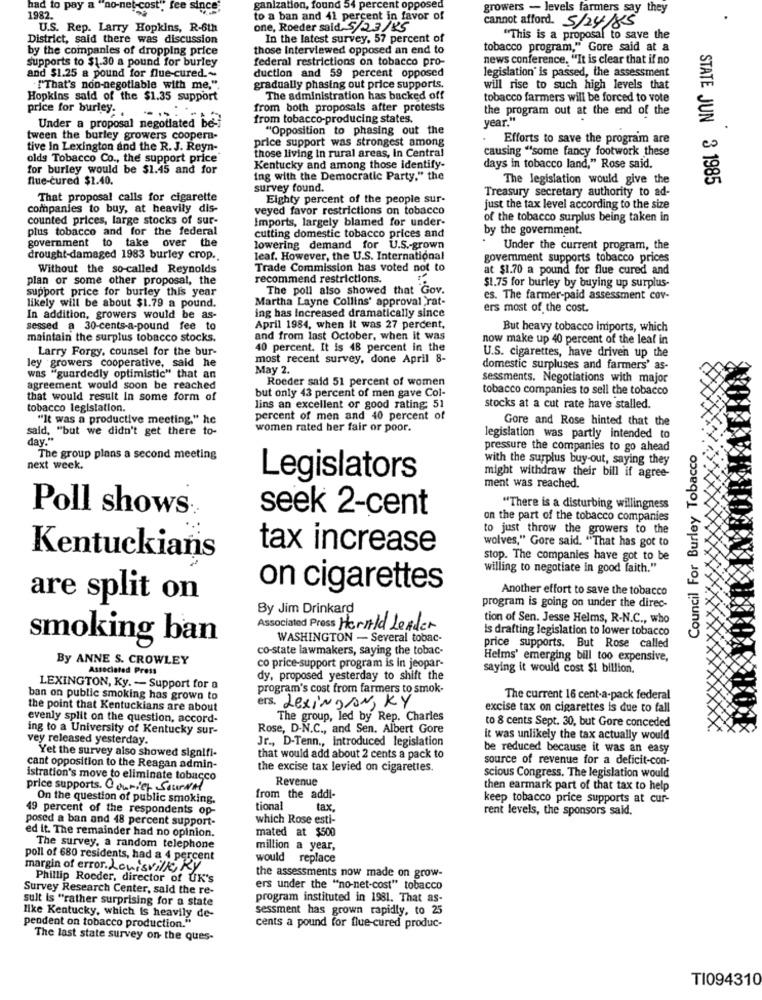
had to pay a "no-net- cos
ganization, found 54 percent opposed
growers - levels farmers say they
1982.
to a ban and 41 percent in favor of
U.S. Rep. Larry Hopkins, R-6th
one, Roeder said 5/23/25
cannot afford. 5/24/85
District, said there was discussion
In the latest survey, 57 percent of
"This is a proposal to save the
by the companies of dropping price
those Interviewed opposed an end to
tobacco program," Gore said at a
Supports to $1.30 a pound for burley
federal restrictions on tobacco pro-
news conference. "It is clear that if no
legislation" is passed, the assessment
and $1.25 a pound for flue-cured .~
duction and 59 percent opposed
. ""That's non-negotiable with me,".
gradually phasing out price supports.
will rise to such high levels that
Hopkins said of the $1.35 support
The administration has backed off
tobacco farmers will be forced to vote
price for burley ..
from both proposals after protests
the program out at the end of the
from tobacco-producing states.
year."
Under a proposal negotiated be-
"Opposition to phasing out the
tween the burley growers coopera-
price support was strongest among
. Efforts to save the program are
tive In Lexington and the R. J. Reyn-
those living in rural areas, In Central
causing "some fancy footwork these
olds Tobacco Co ., the support price
for burley would be $1.45 and for
Kentucky and among those identify-
days in tobacco land," Rose said.
flue-cured $1.40.
ing with the Democratic Party." the
The legislation would give the
STATE JUN 3 1985
survey found.
Treasury secretary authority to ad-
That proposal calls for cigarette
Eighty percent of the people sur-
companies to buy, at heavily dis-
veyed favor restrictions on tobacco
just the tax level according to the size
counted prices, large stocks of sur-
Imports, largely blamed for under-
of the tobacco surplus being taken in
plus tobacco and for the federal
by the government.
government to take over the
cutting domestic tobacco prices and
lowering demand for U.S .- grown
Under the current program, the
drought-damaged 1983 burley crop.
leaf. However, the U.S. International
goverment supports tobacco prices
Without the so-called Reynolds
Trade Commission has voted not to
at $1.70 a pound for flue cured and
plan or some other proposal, the
recommend restrictions.
support price for burley this year
The poll also showed that Gov.
$1.75 for burley by buying up surplus-
likely will be about $1.79 a pound.
Martha Layne Collins' approval Yat-
es. The farmer-paid assessment cov-
ers most of the cost.
In addition, growers would be as-
ing has increased dramatically since
sessed a 30-cents-a-pound fee to
April 1984, when it was 27 percent,
But heavy tobacco iniports, which
maintain the surplus tobacco stocks.
and from last October, when it was
now make up 40 percent of the leaf in
Larry Forgy, counsel for the bur-
40 percent. It is 48 percent in the
U.S. cigarettes, have driven up the
most recent survey, done April 8-
ley growers cooperative, said he
May 2.
domestic surpluses and farmers' as-
was "guardedly optimistic" that an
Roeder said 51 percent of women
sessments. Negotiations with major
agreement would soon be reached
but only 43 percent of men gave Col-
tobacco companies to sell the tobacco
that would result In some form of
tobacco legislation.
lins an excellent or good rating: 51
stocks at a cut rate have stalled.
"It was a productive meeting," he
percent of men and 40 percent of
Gore and Rose hinted that the
said, "but we didn't get there to-
women rated her fair or poor.
day .**
legislation was partly intended to
pressure the companies to go ahead
Council For Burley Tobacco
The group plans a second meeting
with the surplus buy-out, saying they
next week.
Legislators
might withdraw their bill if agree-
ment was reached.
Poll shows
seek 2-cent
"There is a disturbing willingness
on the part of the tobacco companies
to just throw the growers to the
wolves," Gore said. "That has got to
tax increase
Kentuckians
stop. The companies have got to be
willing to negotiate in good faith."
on cigarettes
Another effort to save the tobacco
are split on
By Jim Drinkard
program is going on under the direc-
tion of Sen. Jesse Helms, R-N.C ., who
Associated Press HerAld Leader
Is drafting legislation to lower tobacco
smoking ban
WASHINGTON - Several tobac-
co-state lawmakers, saying the tobac-
price supports. But Rose called
By ANNE S. CROWLEY
Helms' emerging bill too expensive,
Associated Press
co price-support program is in jeopar-
saying it would cost $1 billion.
dy, proposed yesterday to shift the
LEXINGTON, Ky. - Support for a
program's cost from farmers to smok-
ban on public smoking has grown to
The current 16 cent-a-pack federal
the point that Kentuckians are about
ers. LexingAN, KY
excise tax on cigarettes is due to fall
evenly split on the question, accord-
The group, led by Rep. Charles
to 8 cents Sept. 30, but Gore conceded
ing to a University of Kentucky sur-
Rose, D-N.C ., and Sen. Albert Gore
vey released yesterday.
Jr ., D-Tenn ., Introduced legislation
it was unlikely the tax actually would
be reduced because it was an easy
Yet the survey also showed signifi-
that would add about 2 cents a pack to
source of revenue for a deficit-con-
cant opposition to the Reagan admin-
the excise tax levied on cigarettes.
istration's move to eliminate tobacco
Revenue
scious Congress. The legislation would
price supports. Courier SourNal
then earmark part of that tax to help
On the question of public smoking.
from the addi-
keep tobacco price supports at cur-
49 percent of the respondents op-
tional
tax.
rent levels, the sponsors said.
posed a ban and 48 percent support-
which Rose esti-
ed it. The remainder had no opinion.
mated at $500
The survey, a random telephone
million a year,
poll of 680 residents, had a 4 percent
would replace
margin of error. Louisville, Ry
Phillip Roeder, director of UK's
the assessments now made on grow-
Survey Research Center, said the re-
ers under the "no-net-cost" tobacco
sult Is "rather surprising for a state
program instituted in 1981. That as-
sessment has grown rapidly, to 25
like Kentucky, which Is heavily de-
pendent on tobacco production."
cents a pound for flue-cured produc-
The last state survey on the ques-
TI094310